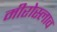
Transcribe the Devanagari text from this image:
मीरोस्लाव